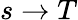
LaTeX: s\rightarrow T